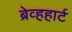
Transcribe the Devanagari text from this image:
ब्रेव्हहार्ट